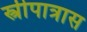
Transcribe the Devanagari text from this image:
स्त्रीपात्रास